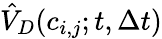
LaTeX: {\hat{V}}_{D}(c_{i,j};t,\Delta t)